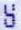
S